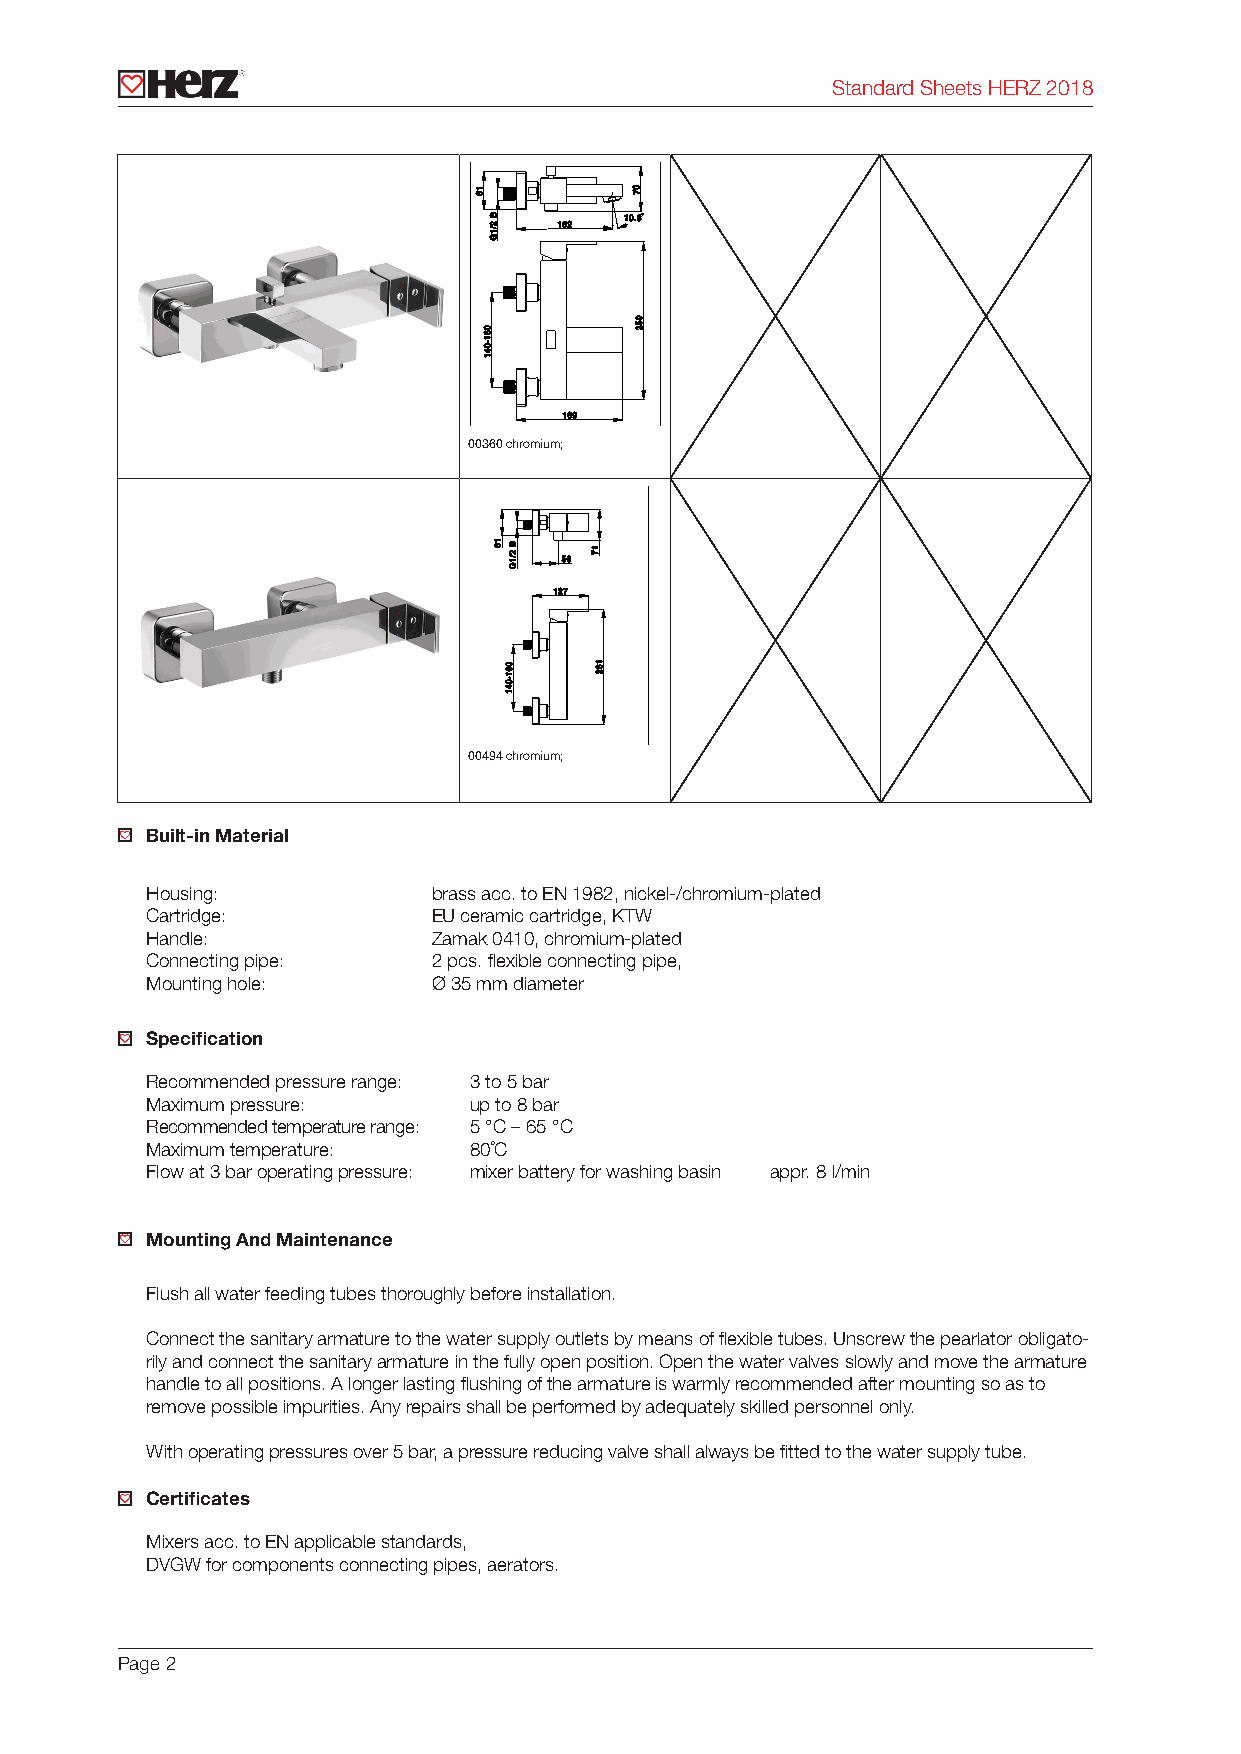
Standard Sheets HERZ 2018
 00360 chromium;
 00494 chromium;
 Built-in Material
 Housing:           brass acc. to EN 1982, nickel-/chromium-plated
 Cartridge:         EU ceramic cartridge, KTW
 Handle:            Zamak 0410, chromium-plated
 Connecting pipe:   2 pcs. flexible connecting pipe,
 Mounting hole:     Ø 35 mm diameter
 Specification
 Recommended pressure range: 3 to 5 bar
 Maximum pressure:    up to 8 bar
 Recommended temperature range: 5 °C – 65 °C
 Maximum temperature: 80˚C
 Flow at 3 bar operating pressure: mixer battery for washing basin appr. 8 l/min
 Mounting And Maintenance
 Flush all water feeding tubes thoroughly before installation.
 Connect the sanitary armature to the water supply outlets by means of flexible tubes. Unscrew the pearlator obligato-
 rily and connect the sanitary armature in the fully open position. Open the water valves slowly and move the armature
 handle to all positions. A longer lasting flushing of the armature is warmly recommended after mounting so as to
 remove possible impurities. Any repairs shall be performed by adequately skilled personnel only.
 With operating pressures over 5 bar, a pressure reducing valve shall always be fitted to the water supply tube.
 Certificates
 Mixers acc. to EN applicable standards,
 DVGW for components connecting pipes, aerators.
 Page 2